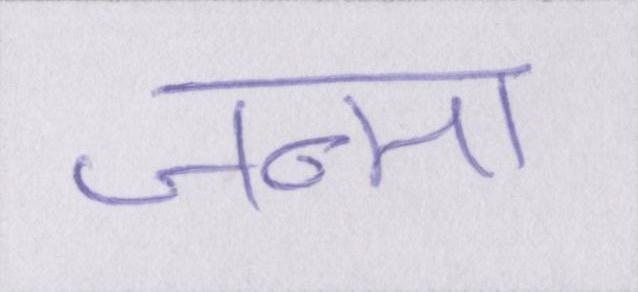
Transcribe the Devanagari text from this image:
जन्मा